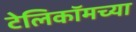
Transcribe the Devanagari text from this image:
टेलिकॉमच्या